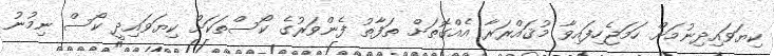
ކިޔަވައިދިނުމަށް ހަމަޖެހިފައިވާ މުޤައްރަރާ އެއްގޮތަށް ތަފާތު ފެންވަރުގެ ކޯސްތަކަށް ކިޔަވައިދީ ކޯސް ނިމުނު